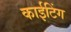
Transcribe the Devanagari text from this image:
काईटिंग